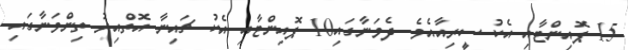
15 ޕޮއިންޓާއި އެކު ސީރިއާއެވެ. ދެވަނާގައި10 ޕޮއިންޓާއި އެކު ޗައިނާ އޮތްއިރު ތިންވަނާގައި